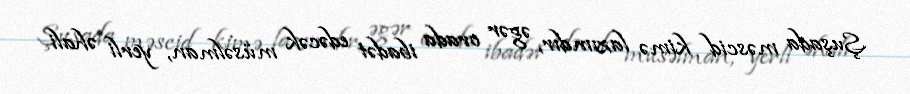
Şuşada məscid kimə lazımdır, əgər orada ibadət edəcək müsəlman, yerli əhali